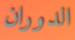
الدوران